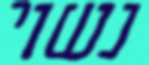
נשוי